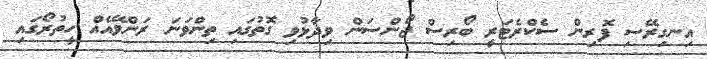
އިނގިރޭސި ފޮރިން ސެކްރެޓަރީ ބޯރިސް ޖޯންސަން ވިދާޅުވި ގޮތުގައި ތިންވަނަ ރަންވޭއެއް ހީތުރޯގައި